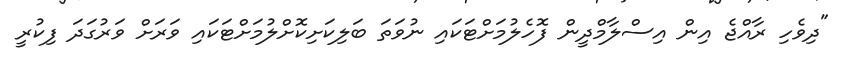
"ދިވެހި ރާއްޖެ އިން އިސްލާމްދީން ފޮހެލުމަށްޓަކައި ނުވަތަ ބަލިކަށިކޮށްލުމަށްޓަކައި ވަރަށް ވަރުގަދަ ފިކުރީ